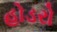
હોડરો